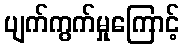
ပျက်ကွက်မှုကြောင့်